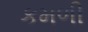
કમળી